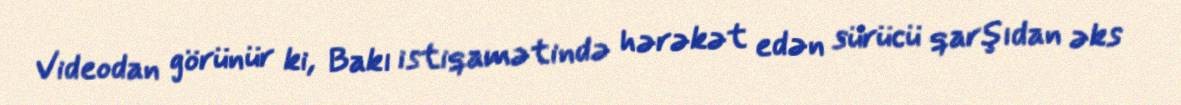
Videodan görünür ki, Bakı istiqamətində hərəkət edən sürücü qarşıdan əks